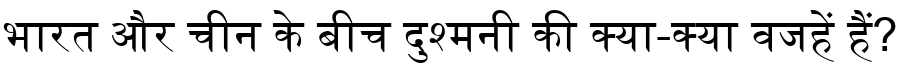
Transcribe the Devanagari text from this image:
भारत और चीन के बीच दुश्मनी की क्या-क्या वजहें हैं?